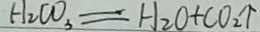
H _ { 2 } C O _ { 3 } = H _ { 2 } O + C O _ { 2 } \uparrow